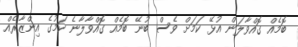
ބޮމެއް ގޮއްވާލަން އުޅޭ ކަމަށް ވެސް ބުނޭ ބޮމެއް ގޮއްވާލާނެ ކަމުގެ އިންޒާރެއް